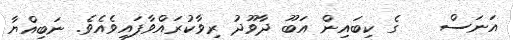
އަނަސް    ގެ ކިބައިން އަބޫ ދާވޫދު ރިވާކުރައްވާފައިވެއެވެ. ނަބިއްޔާ